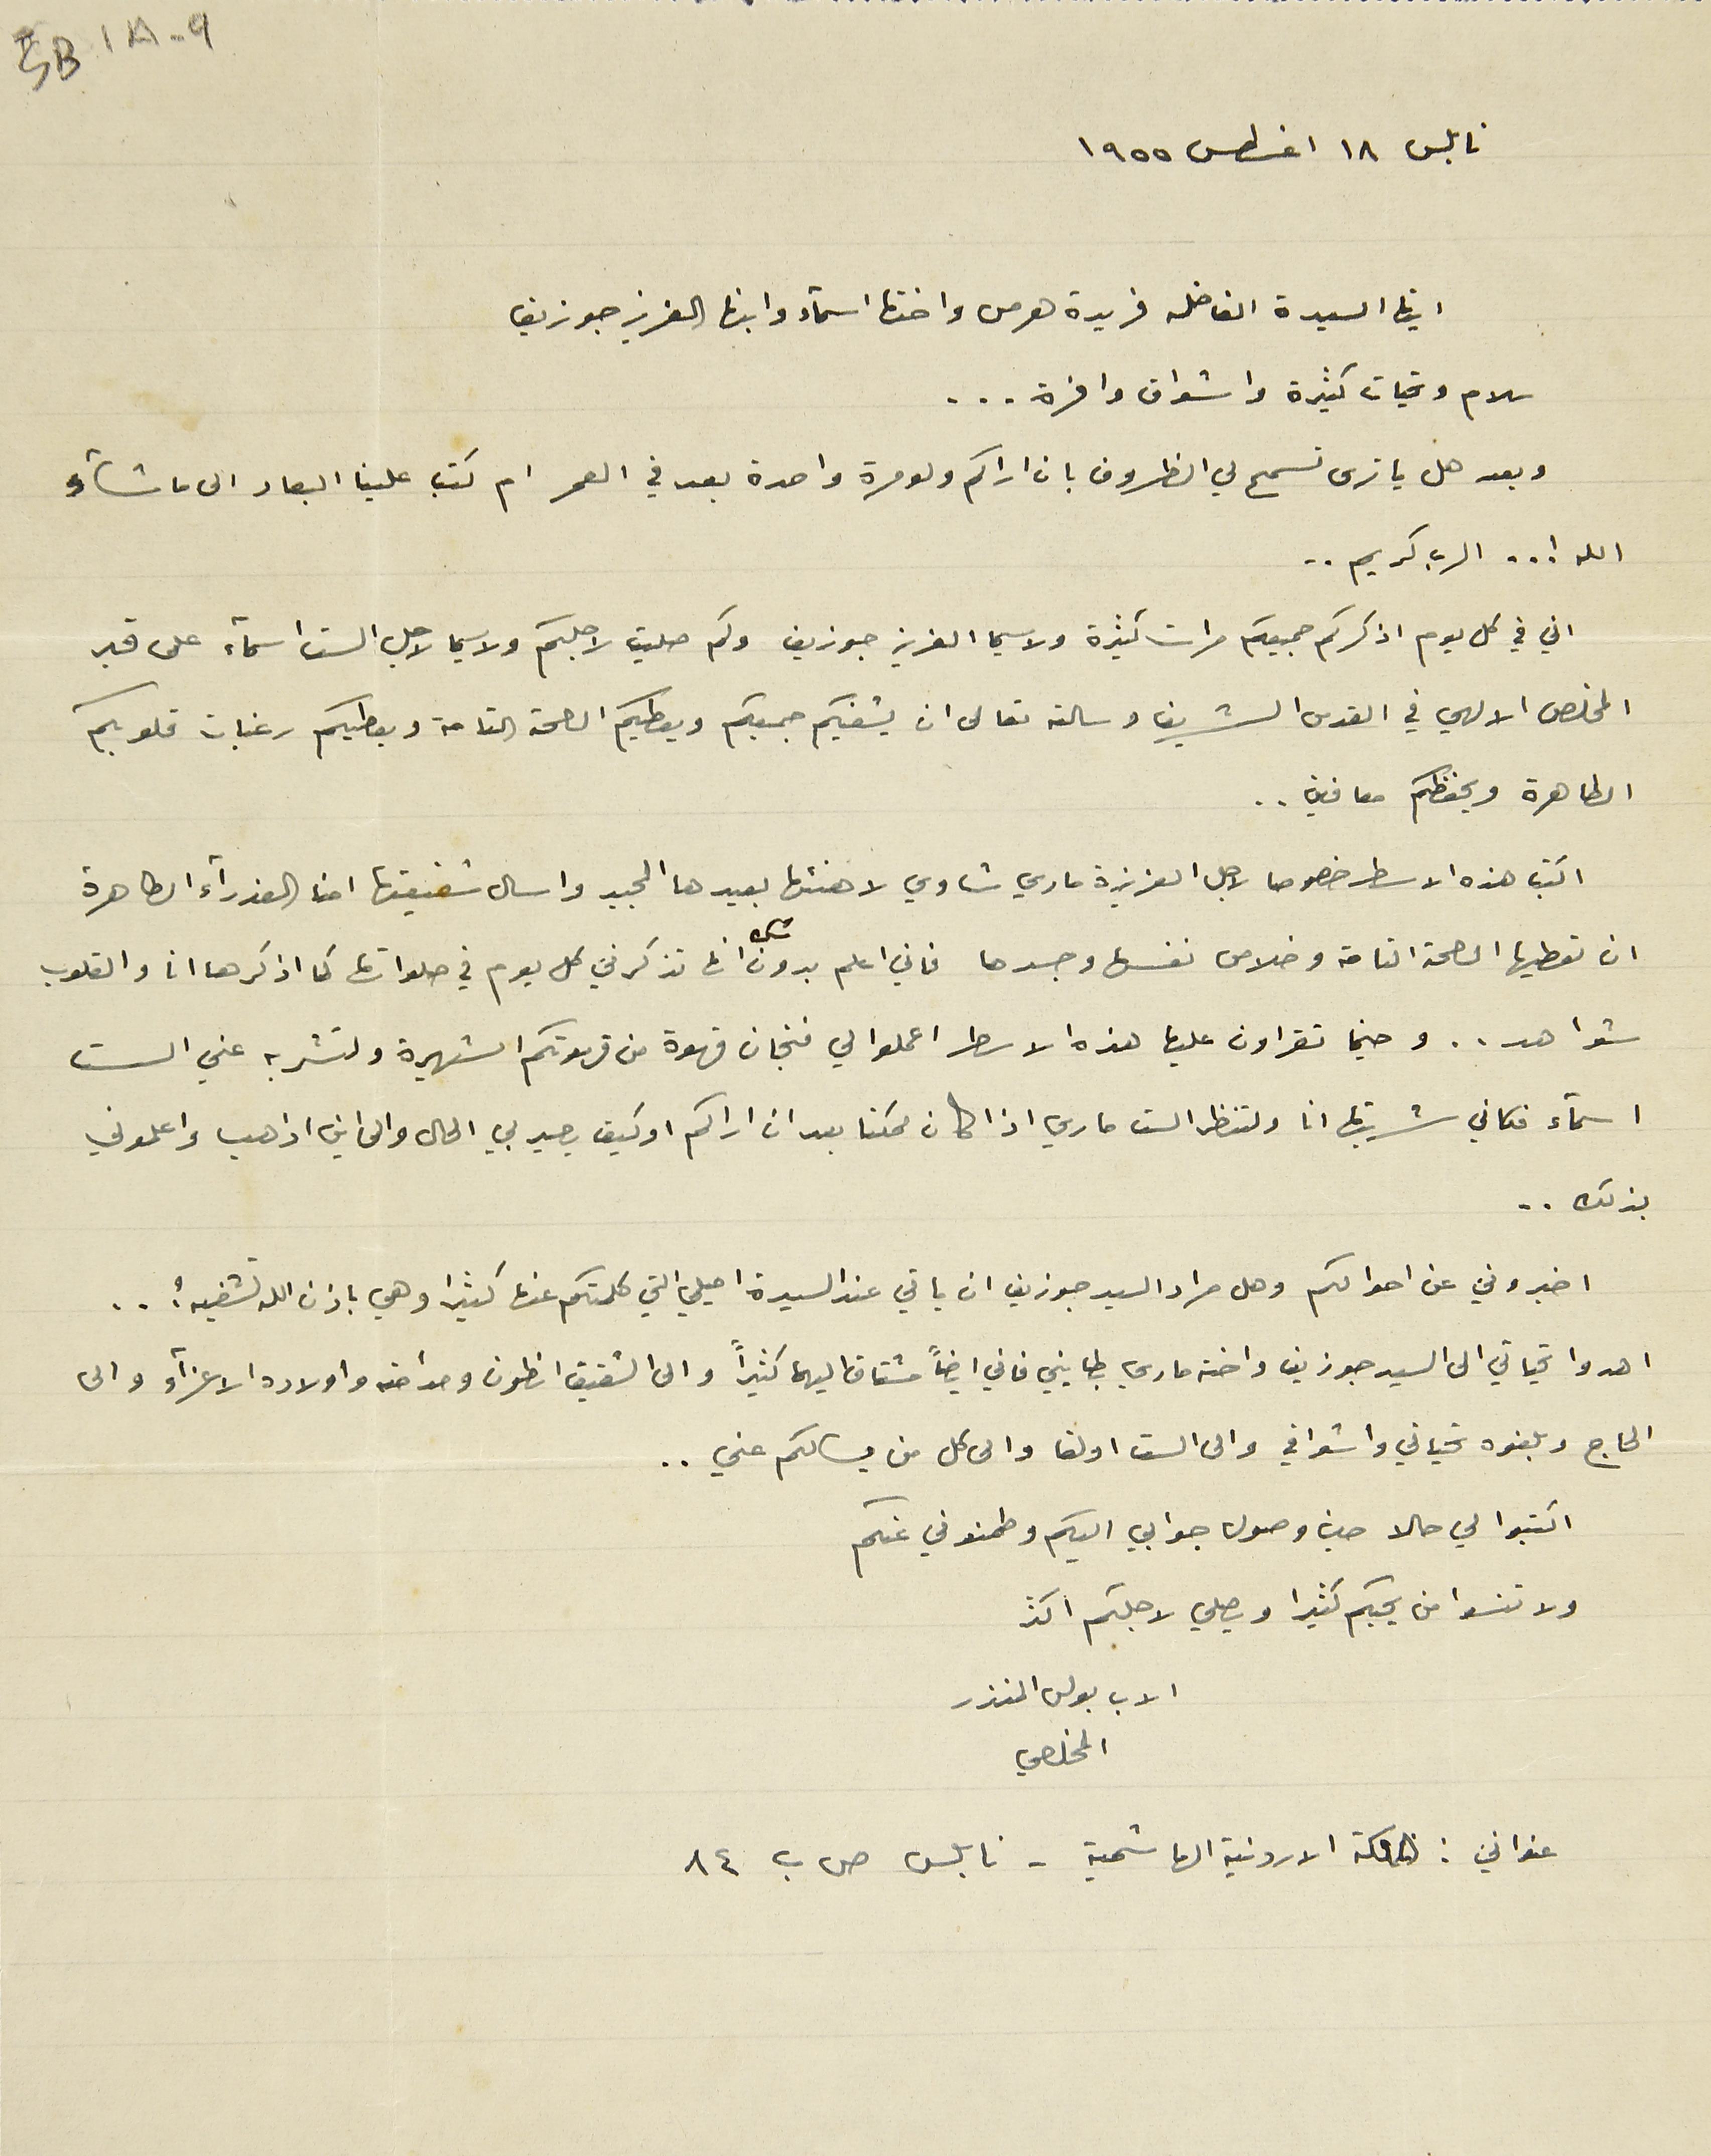
SB1A-9
 نابلس ١٨ اغسطس ١٩٥٥
 ايتها السيدة الفاضله فريدة هرمس واختها اسماء وابنها العزيز جوزيف
سلام وتحيات كثيرة واشواق وافرة ...
وبعد هل يا ترى تسمح لي الظروف بان اراكم ولو مرة واحدة بعد في العمر ام كتب علينا البعاد الى ما شاء
الله ! . . الرب كريم ..
اني في كل يوم اذكركم جميعكم مرات كثيرة ولا سيما العزيز جوزيف ولكم صليت لاجلكم ولا سيما لاجل الست اسماء على قبر
المخلص الالهي في القدس الشريف وسالته تعالى ان يشفيكم جميعكم ويعطيكم الصحة التامة وبعطيكم رغبات قلوبكم
الطاهرة ويحفظكم معافين ..
 اكتب هذه الاسطر خصوصا لاجل العزيزة ماري شاوي لاهنئها بعيدها المجيد واسال شفيعتها امنا العذراء الطاهرة
ان تعطيها الصحة التامة وخلاص نفسها وجسدها فاني اعلم بدون شك انها تذكرني كل يوم في صلواتها كما اذكرها انا والقلوب
شواهد.. وحينما تقراون عليها هذه الاسطر اعملوا لي فنجان قهوة من قهوتكم الشهيرة ولتشربه عني الست
اسماء فكاني شربتها انا ولتنظر الست ماري اذا كان ممكنا بعد ان اراكم او كيف يصير بي الحال والى اين اذهب واعلموني
بذلك..
اخبروني عن احوالكم وهل مراد السيد جوزيف ان ياتي عند السيدة اميلي التي كلمتكم عنها كثيرا وهي باذن الله تشفيه ؟ ..
اهدوا تحياتي الى السيد جوزيف واختة ماري بطايني فاني ايضاً مشتاق اليها كثيراً والى الشقيق انطون ومدامته واولاده الاعزاء والى
الحاج وبلغوه تحياتي واشواقي والى الست اولغا والى كل من يسالكم عني..
اكتبوا لي حالا حين وصول جوابي اليكم وطمنوني عنكم
 ولا تنسوا من يحبكم كثيرا ويصلي لاجلكم اكثر
الاب بولس المنذر
 المخلصي
 عنواني : المملكة الاردنية الهاشمية - نابلس ص ب ٨٤